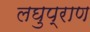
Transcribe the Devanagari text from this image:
लघुप्राण